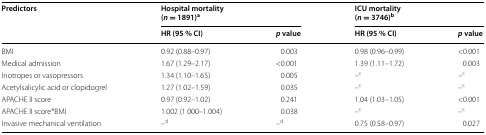
<table><thead><tr><td rowspan="2"><b>Predictors</b></td><td colspan="2"><b>Hospital mortality(<i>n</i> = 1891)<sup>a</sup></b></td><td colspan="2"><b>ICU mortality(<i>n</i> = 3746)<sup>b</sup></b></td></tr><tr><td><b>HR (95 % CI)</b></td><td><b><i>p</i> value</b></td><td><b>HR (95 % CI)</b></td><td><b><i>p</i> value</b></td></tr></thead><tbody><tr><td>BMI</td><td>0.92 (0.88–0.97)</td><td>0.003</td><td>0.98 (0.96–0.99)</td><td>&lt;0.001</td></tr><tr><td>Medical admission</td><td>1.67 (1.29–2.17)</td><td>&lt;0.001</td><td>1.39 (1.11–1.72)</td><td>0.003</td></tr><tr><td>Inotropes or vasopressors</td><td>1.34 (1.10–1.65)</td><td>0.005</td><td>–<sup>c</sup></td><td>–<sup>c</sup></td></tr><tr><td>Acetylsalicylic acid or clopidogrel</td><td>1.27 (1.02–1.59)</td><td>0.035</td><td>–<sup>c</sup></td><td>–<sup>c</sup></td></tr><tr><td>APACHE II score</td><td>0.97 (0.92–1.02)</td><td>0.241</td><td>1.04 (1.03–1.05)</td><td>&lt;0.001</td></tr><tr><td>APACHE II score*BMI</td><td>1.002 (1.000–1.004)</td><td>0.038</td><td>–<sup>c</sup></td><td>–<sup>c</sup></td></tr><tr><td>Invasive mechanical ventilation</td><td>–<sup>d</sup></td><td>–<sup>d</sup></td><td>0.75 (0.58–0.97)</td><td>0.027</td></tr></tbody></table>